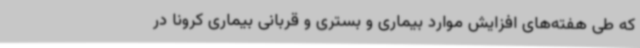
که طی هفته‌های افزایش موارد بیماری و بستری و قربانی بیماری کرونا در